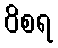
ဝိစရ